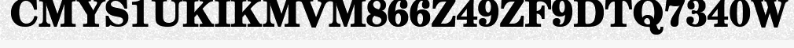
CMYS1UKIKMVM866Z49ZF9DTQ7340W